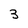
Character: 3